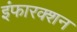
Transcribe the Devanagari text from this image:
इंफारक्शन